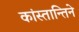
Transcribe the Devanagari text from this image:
कांस्तान्तिने